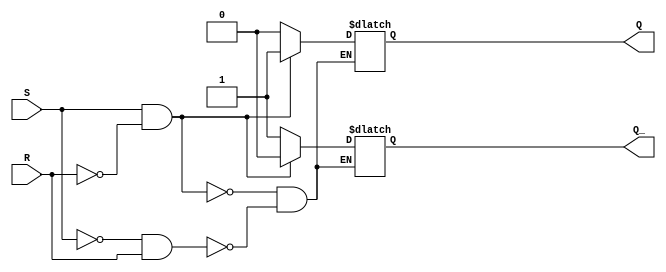
module sr_flip_flop (
    input wire S,
    input wire R,
    output reg Q,
    output reg Q_
);

always @(S, R) begin
    if (S && !R) begin
        Q <= 1'b1;
        Q_ <= 1'b0;
    end else if (!S && R) begin
        Q <= 1'b0;
        Q_ <= 1'b1;
    end else begin
        Q <= Q;
        Q_ <= Q_;
    end
end

endmodule